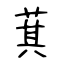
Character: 萁